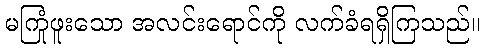
မကြုံဖူးသော အလင်းရောင်ကို လက်ခံရရှိကြသည်။